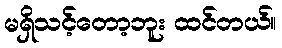
မရှိသင့်တော့ဘူး ထင်တယ်။